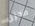
محزن